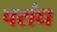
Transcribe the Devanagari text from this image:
परांध